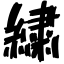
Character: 繍